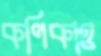
কণিকাও